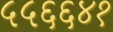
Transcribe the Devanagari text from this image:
५५६६४१